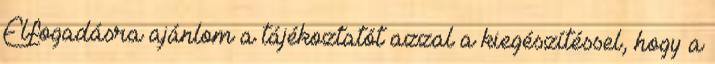
Elfogadásra ajánlom a tájékoztatót azzal a kiegészítéssel, hogy a